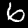
Label: 6